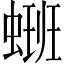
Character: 𫋑